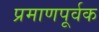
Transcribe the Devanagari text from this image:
प्रमाणपूर्वक